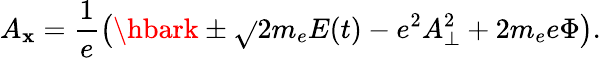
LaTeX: A_{\mathbf{x}}=\frac{{1}}{{e}}\left(\hbark\pm\sqrt{}{{2m_{e}E(t)-e^{2}A_{\bot}^{2}+2m_{e}e\Phi}}\right).